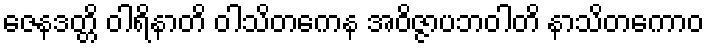
ဇေနဒတ္တိ ဝါရိနာတိ ဝါသိတကေန အဝိဇ္ဇာပဘဝါတိ နာသိတကောဝ